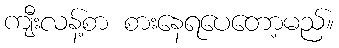
ကျီးလန့်စာ စားနေရပေတော့မည်။